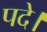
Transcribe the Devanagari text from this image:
पदे।